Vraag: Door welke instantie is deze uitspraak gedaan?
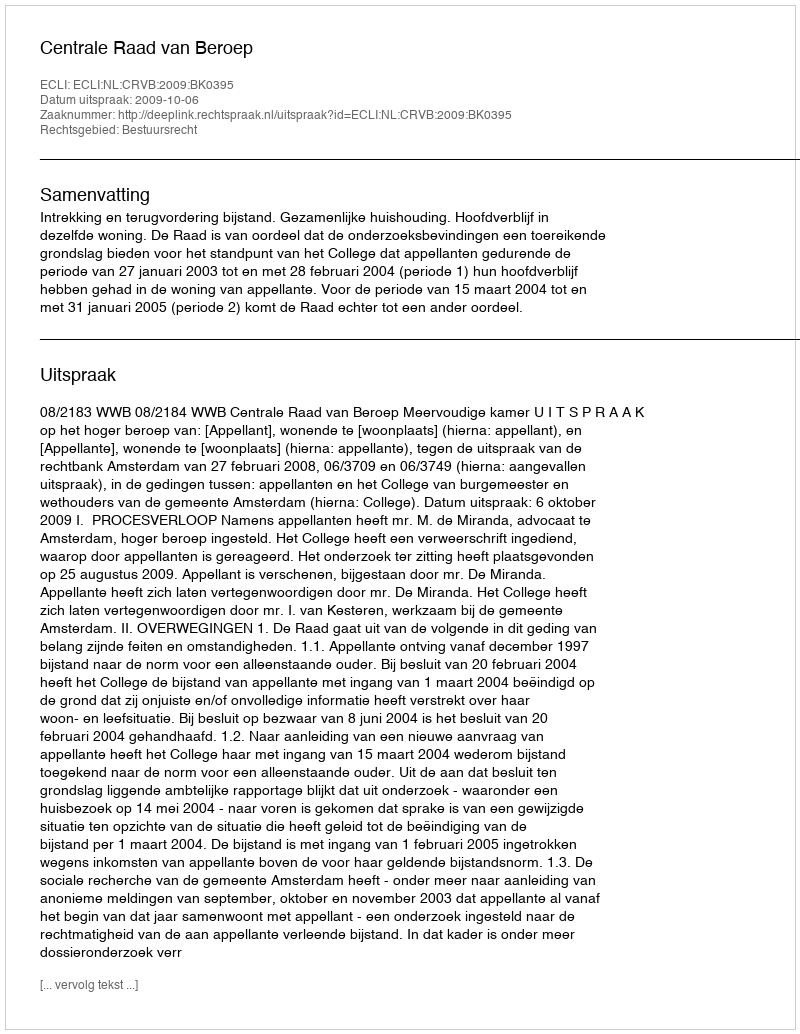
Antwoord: Centrale Raad van Beroep